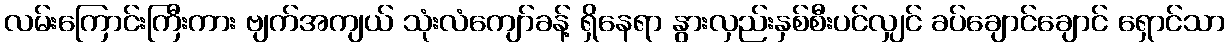
လမ်းကြောင်းကြီးကား ဗျက်အကျယ် သုံးလံကျော်ခန့် ရှိနေရာ နွားလှည်းနှစ်စီးပင်လျှင် ခပ်ချောင်ချောင် ရှောင်သာ